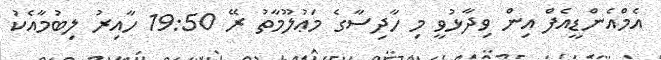
އެމްއެންޑީއެފް އިން ވިދާޅުވީ މި ހާދިސާގެ މަޢުލޫމާތު ރޭ 19:50 ހާއިރު ލިބުމާއެކު